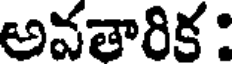
అవతారిక :